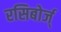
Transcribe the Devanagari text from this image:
रसिबोर्ज्